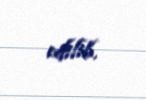
edilib.